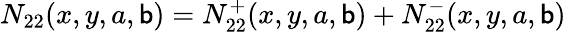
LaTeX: N_{22}(x,y,a,\mathsf{b})=N_{22}^{+}(x,y,a,\mathsf{b})+N_{22}^{-}(x,y,a,\mathsf{b})